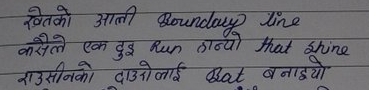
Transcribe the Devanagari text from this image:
खेतको आली Boundary line
कसैले एक दुइ Run हान्यो That shine
राउसीको दाउलोलाई Bat बनायो